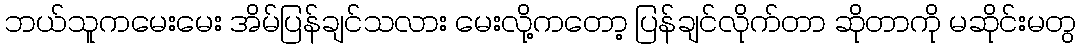
ဘယ်သူကမေးမေး အိမ်ပြန်ချင်သလား မေးလို့ကတော့ ပြန်ချင်လိုက်တာ ဆိုတာကို မဆိုင်းမတွ